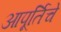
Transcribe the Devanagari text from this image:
आपूर्तिचे